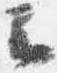
云